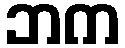
ဘက